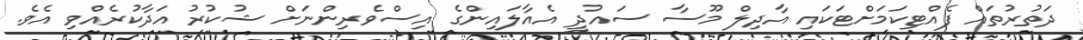
ދަތުރުތައް ފެއްޓިކަމަށްޓަކައި އާދިލް މޫސާ ސައުދީ އެއާލައިންގެ އިސްވެރިންނަށް ޝުކުރު އަދާކުރެއްވި އެވެ.